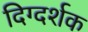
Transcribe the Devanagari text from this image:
दिग्‍दर्शक